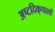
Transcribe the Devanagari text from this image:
अष्टदिक्‌पालों